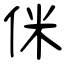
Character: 侎